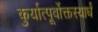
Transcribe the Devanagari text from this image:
कुर्यात्पूर्वोक्तस्यार्धं